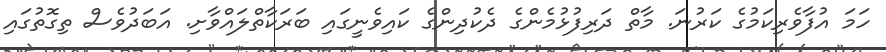
ހަމަ އުފާވެރިކަމުގެ ކަރުނަ. މާތް ދަރިފުޅުމެންގެ ދެކުދިންގެ ކައިވެނީގައި ބަރަކާތްލައްވާށި. އަބަދުވެސް ތިގޮތުގައި